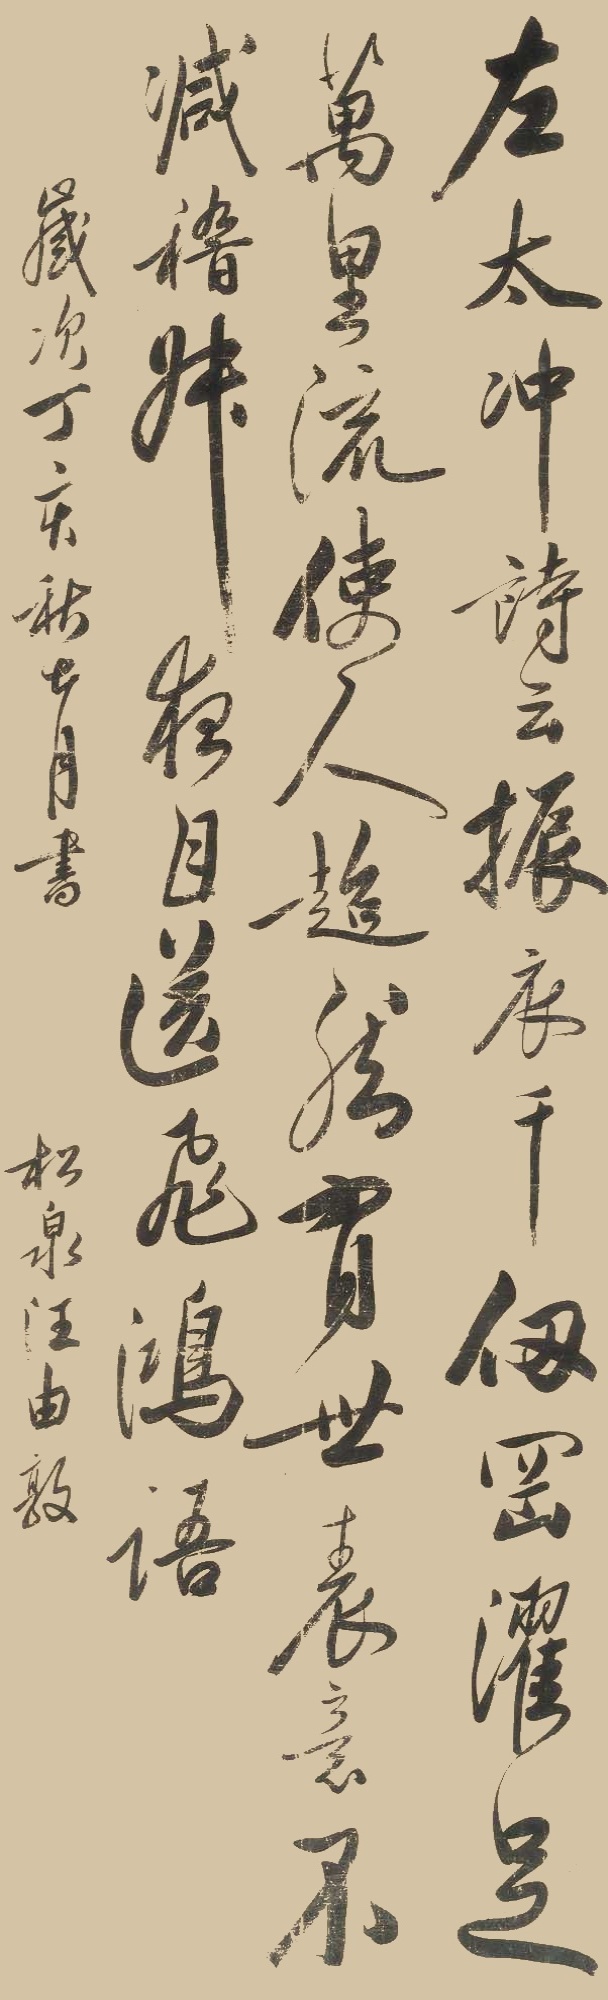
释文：左太冲诗云：振衣千仞冈，濯足万里流。使人飘然有世，表意不减。嵇叔夜目送飞鸿语。岁次丁亥秋七月书，松泉汪由敦。